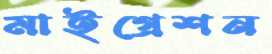
মাইগ্রেশন